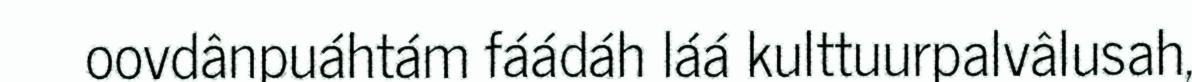
oovdânpuáhtám fáádáh láá kulttuurpalvâlusah,